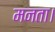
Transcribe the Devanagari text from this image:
मनता।